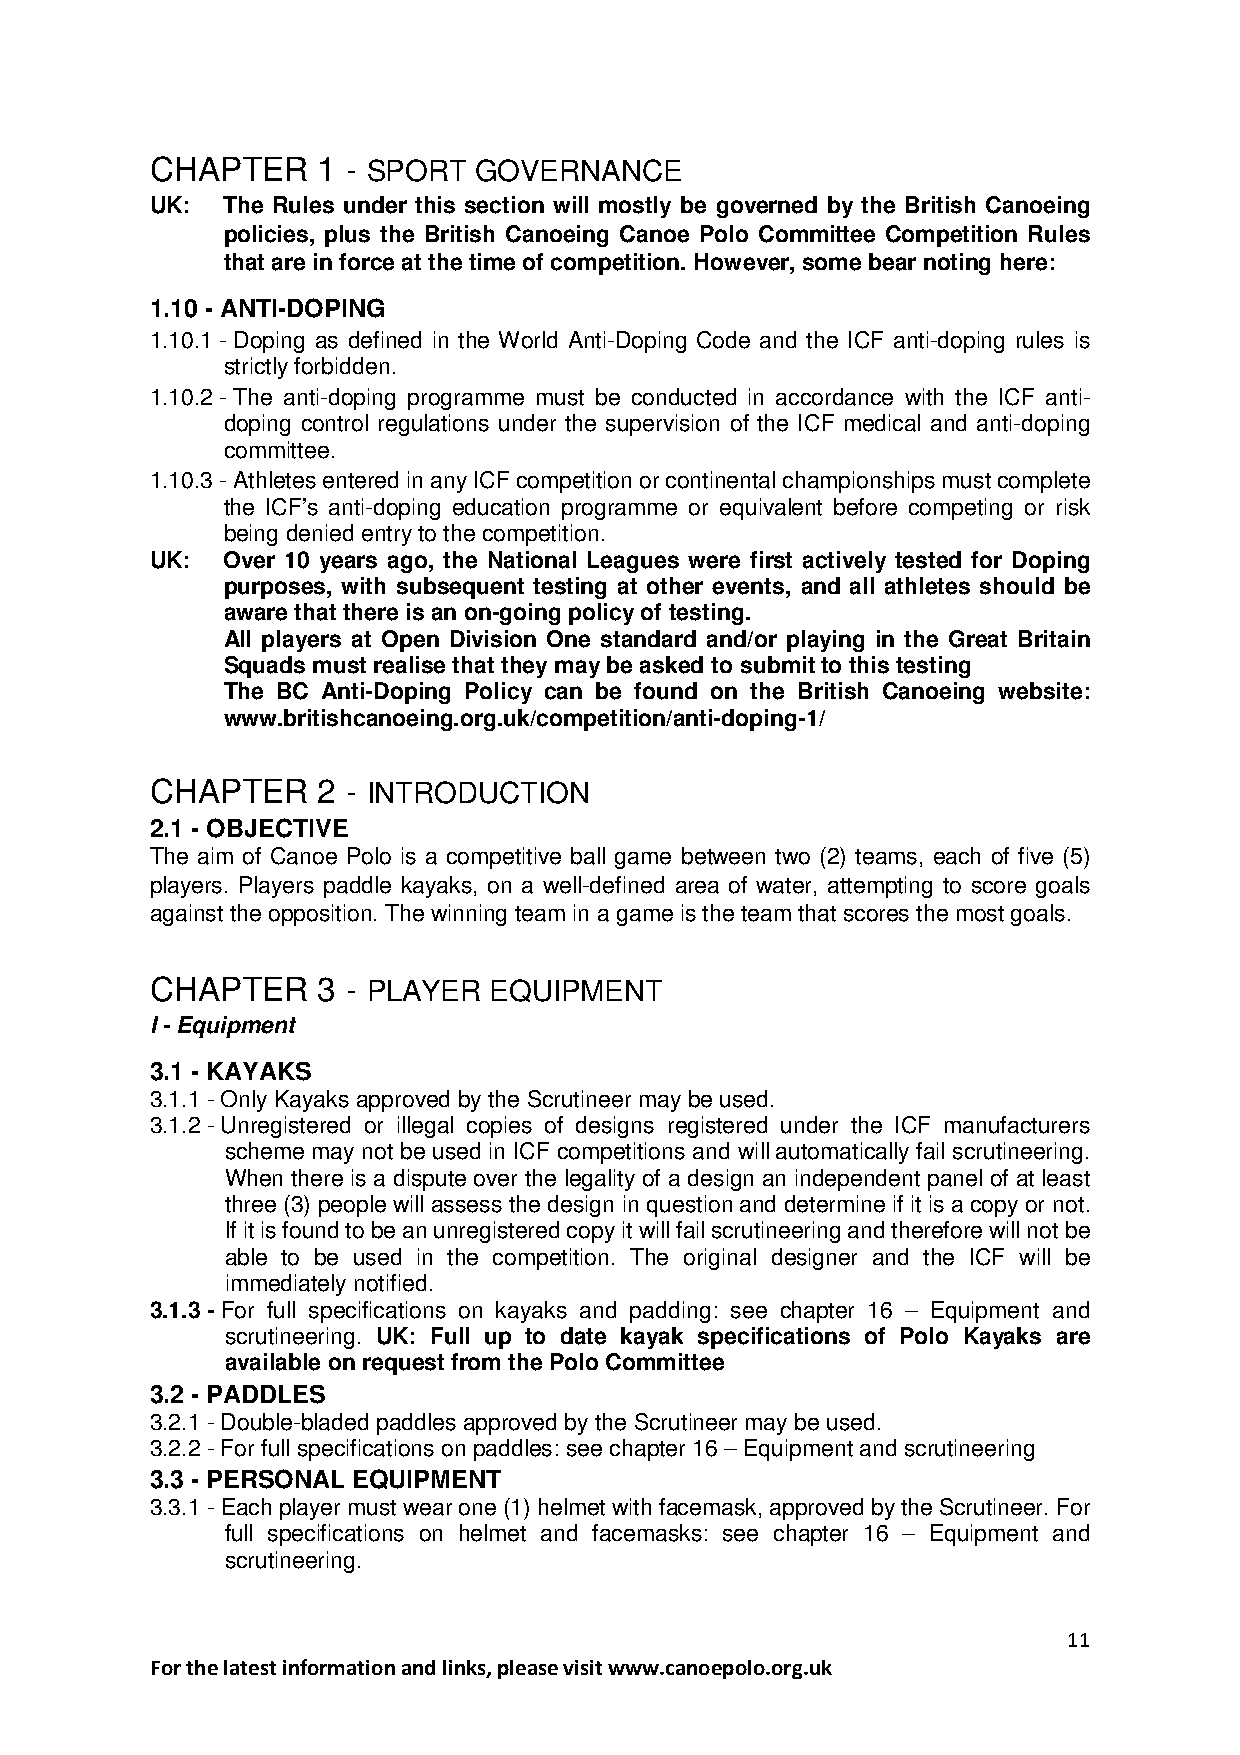
CHAPTER    1 - SPORT GOVERNANCE
 UK:  The Rules under this section will mostly be governed by the British Canoeing
 policies, plus the British Canoeing Canoe Polo Committee Competition Rules
 that are in force at the time of competition. However, some bear noting here:
 1.10 - ANTI-DOPING
 1.10.1 - Doping as defined in the World Anti-Doping Code and the ICF anti-doping rules is
 strictly forbidden.
 1.10.2 - The anti-doping programme must be conducted in accordance with the ICF anti-
 doping control regulations under the supervision of the ICF medical and anti-doping
 committee.
 1.10.3 - Athletes entered in any ICF competition or continental championships must complete
 the ICF’s anti-doping education programme or equivalent before competing or risk
 being denied entry to the competition.
 UK:  Over 10 years ago, the National Leagues were first actively tested for Doping
 purposes, with subsequent testing at other events, and all athletes should be
 aware that there is an on-going policy of testing.
 All players at Open Division One standard and/or playing in the Great Britain
 Squads must realise that they may be asked to submit to this testing
 The BC Anti-Doping Policy can be found on the British Canoeing website:
 www.britishcanoeing.org.uk/competition/anti-doping-1/
 CHAPTER    2 - INTRODUCTION
 2.1 - OBJECTIVE
 The aim of Canoe Polo is a competitive ball game between two (2) teams, each of five (5)
 players. Players paddle kayaks, on a well-defined area of water, attempting to score goals
 against the opposition. The winning team in a game is the team that scores the most goals.
 CHAPTER    3 - PLAYER EQUIPMENT
 I - Equipment
 3.1 - KAYAKS
 3.1.1 - Only Kayaks approved by the Scrutineer may be used.
 3.1.2 - Unregistered or illegal copies of designs registered under the ICF manufacturers
 scheme may not be used in ICF competitions and will automatically fail scrutineering.
 When there is a dispute over the legality of a design an independent panel of at least
 three (3) people will assess the design in question and determine if it is a copy or not.
 If it is found to be an unregistered copy it will fail scrutineering and therefore will not be
 able to be used in the competition. The original designer and the ICF will be
 immediately notified.
 3.1.3 - For full specifications on kayaks and padding: see chapter 16 – Equipment and
 scrutineering. UK: Full up to date kayak specifications of Polo Kayaks are
 available on request from the Polo Committee
 3.2 - PADDLES
 3.2.1 - Double-bladed paddles approved by the Scrutineer may be used.
 3.2.2 - For full specifications on paddles: see chapter 16 – Equipment and scrutineering
 3.3 - PERSONAL EQUIPMENT
 3.3.1 - Each player must wear one (1) helmet with facemask, approved by the Scrutineer. For
 full specifications on helmet and facemasks: see chapter 16 – Equipment and
 scrutineering.
 11
 For the latest information and links, please visit www.canoepolo.org.uk